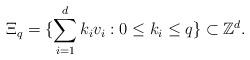
LaTeX: \begin{align*}\Xi_q=\{ \sum_{i=1}^d k_iv_i : 0\le k_i \le q \} \subset \mathbb{Z}^d. \end{align*}